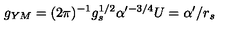
g _ { Y M } = ( 2 \pi ) ^ { - 1 } g _ { s } ^ { 1 / 2 } \alpha ^ { \prime - 3 / 4 } U = \alpha ^ { \prime } / r _ { s }